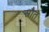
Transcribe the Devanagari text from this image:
स्रौत